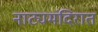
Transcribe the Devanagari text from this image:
नाट्यमंदिरात